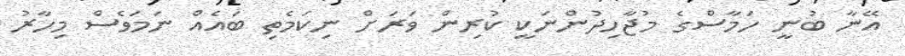
އޭނާ ބުނީ ހަމާސްގެ މުޖާހިދުންނަކީ ކުރިން ވަރަށް ނިކަމެތި ބައެއް ނަމަވެސް މިހާރު